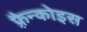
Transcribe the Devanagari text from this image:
फ़्रैन्कोइस